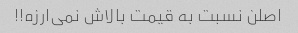
اصلن نسبت به قیمت بالاش نمی‌ارزه!!